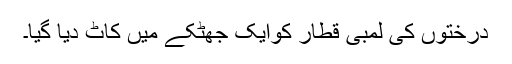
درختوں کی لمبی قطار کوایک جھٹکے میں کاٹ دیا گیا۔